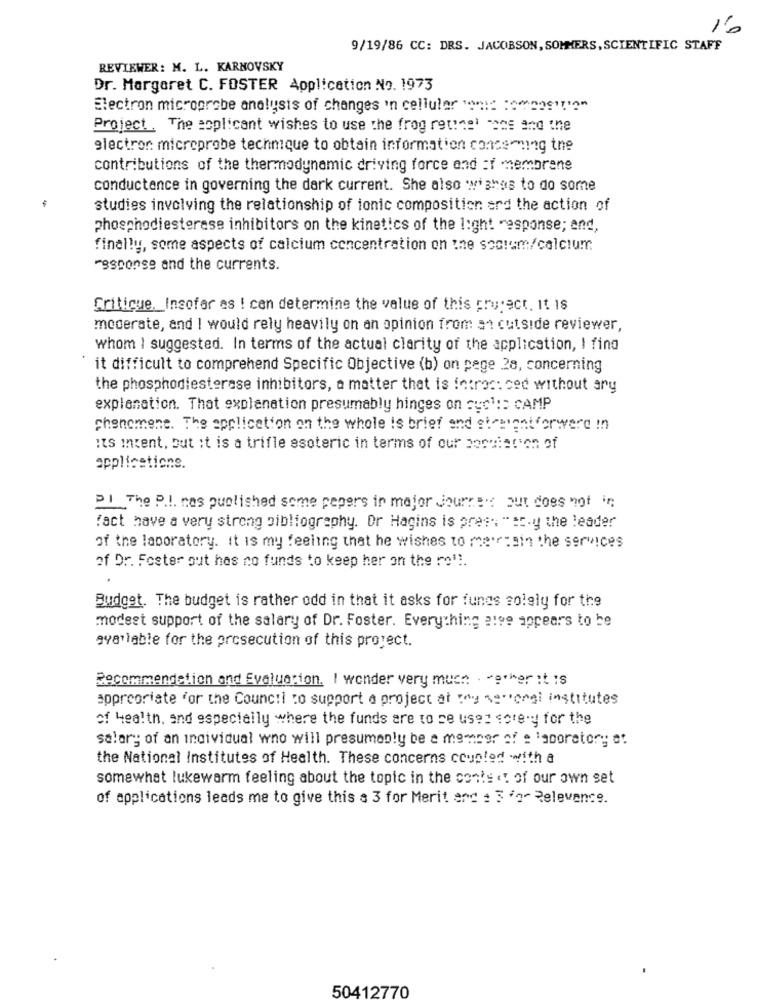
16
9/19/86 CC: DRS. JACOBSON, SOMMERS, SCIENTIFIC STAFF
REVIEWER: M. L. KARNOVSKY
Dr. Margaret C. FOSTER Application No. 1973
Electron microprobe analysis of changes 'n cellular "> ::: : "("as"l'?"
Project. The applicant wishes to use the frog rotinel -ses and the
electron microprobe technique to obtain information concerning the
contributions of the thermodynamic driving force and :1 -membrane
conductence in governing the dark current. She also wishes to do some
studies involving the relationship of ionic composition erd the action of
phosphodiesterase inhibitors on the kinetics of the light response; end,
finally, some aspects of calcium concentration on the soctem/calcium
response and the currents.
Critique. Insofar as ! cen determine the value of this project. It IS
moderate, and I would rely heavily on an opinion from an cutside reviewer,
whom I suggested. In terms of the actual clarity of the application, I fing
it difficult to comprehend Specific Objective (b) on pege 28, concerning
the phosphodiesterase inhibitors, a matter that is intros: ced without any
explanation. That explanation presumably hinges on cycl :: CAMP
phenomene. The application on the whole is brief end etmeantforwere !n
its intent, but it is a trifle esoteric in terms of our boruistion of
applications.
PI The P.I. has published some pepers in major Jourrest but does not in
fact have a very strong bibliography. Or Hagins is pres: " et.y the leader
of the laboratory. it is my feeling that he wishes to mersin the services
of Dr. Foster out has no funds to keep her on the re !!.
Budget. The budget is rather odd in that it asks for fungs solely for the
modest support of the salary of Dr. Foster. Everything 2199 appears to be
available for the prosecution of this project.
Recommendation and Evaluation. I wonder very much . - e.her it is
appropriate for the Council to support a project at my serongi institutes
of Health, and especially where the funds are to se uses sorry for the
salary of an individual who will presumably be a member of a laboratory; et
the National Institutes of Health. These concerns coupled with a
somewhat lukewarm feeling about the topic in the conte «! of our own set
of applications leads me to give this & 3 for Merit and : 3 For Relevance.
50412770